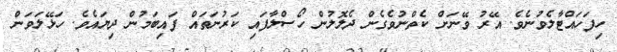
ހިފަހައްޓާލެވުނެވެ. އޭރު ވޭނަށް ކެތްނުވެގެން ދެލޮލުން ހޯސްލާފައި ކަރުނަތައް ފައިބަމުން ދިޔައެވެ. ހަޅޭލަވަން